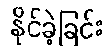
နိုင်ခဲ့ခြင်း